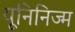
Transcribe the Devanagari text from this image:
यूनिनिज्म